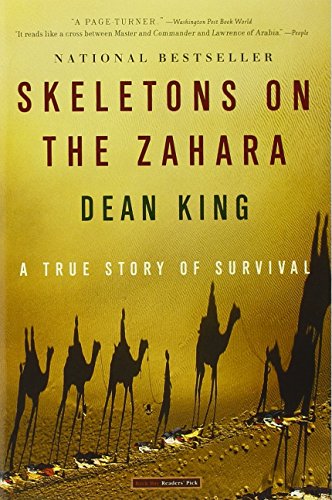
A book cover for Skeletons on the Zahara: A True Story of Survival; Dean King; Engineering & Transportation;